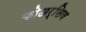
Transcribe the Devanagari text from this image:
कोअर्सिव